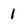
Character: 1